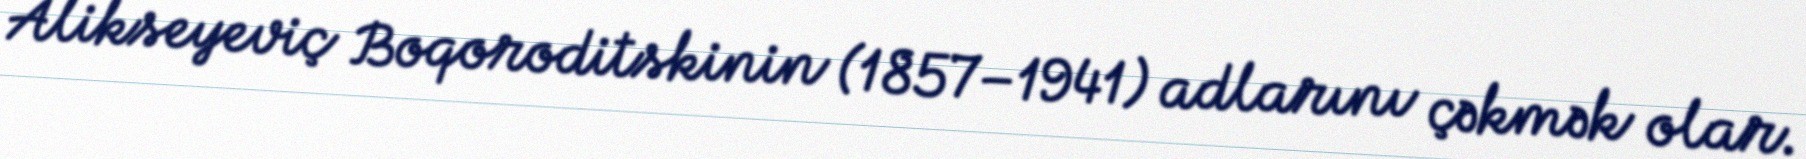
Alikseyeviç Boqoroditskinin (1857–1941) adlarını çəkmək olar.